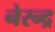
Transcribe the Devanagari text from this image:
नेरन्द्र